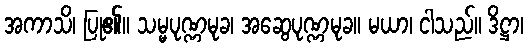
အကာသိ၊ ပြု၏။ သမ္မပုဏ္ဏမုခ၊ အဆွေပုဏ္ဏမုခ။ မယာ၊ ငါသည်။ ဒိဋ္ဌာ၊